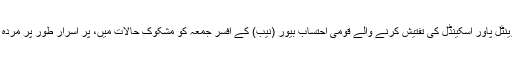
بعد ازاں، رینٹل پاور اسکینڈل کی تفتیش کرنے والے قومی احتساب بیور (نیب) کے افسر جمعہ کو مشکوک حالات میں، پُر اسرار طور پر مُردہ پائے گئے۔